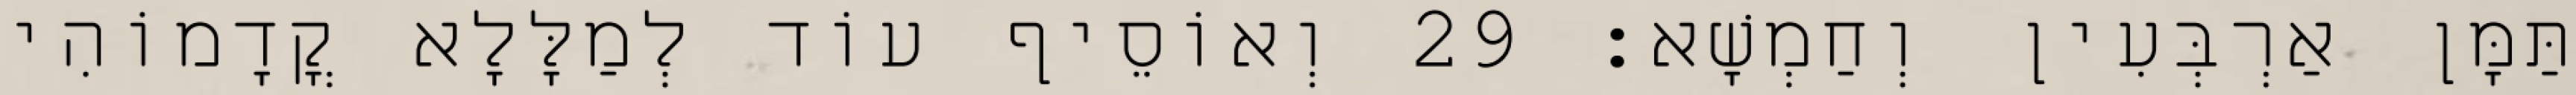
תַּמָּן אַרְבְּעִין וְחַמְשָׁא׃ 29 וְאוֹסֵיף עוֹד לְמַלָּלָא קֳדָמוֹהִי